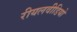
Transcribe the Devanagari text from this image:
रीयलवीडियो